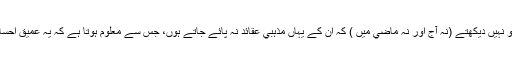
اسي وجہ سے ہم كسي قوم و ملت كو نہيں ديكھتے (نہ آج اور نہ ماضي ميں ) كہ ان كے يہاں مذہبي عقائد نہ پائے جاتے ہوں، جس سے معلوم ہوتا ہے كہ يہ عميق احساس ہر انسان كے يہاں پايا جاتا ہے۔